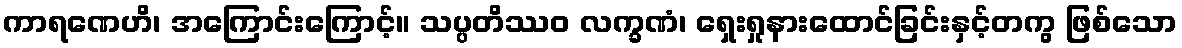
ကာရဏေဟိ၊ အကြောင်းကြောင့်။ သပ္ပတိဿဝ လက္ခဏံ၊ ရှေးရှုနားထောင်ခြင်းနှင့်တကွ ဖြစ်သော